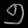
Digit: ၅